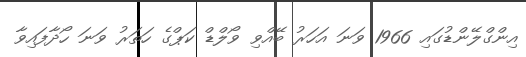
އިންގްލޭންޑުގައި 1966 ވަނަ އަހަރު ބޭއްވި ވޯލްޑް ކަޕްގެ ހަތަރު ވަނަ ހޯދާފައިވާ